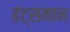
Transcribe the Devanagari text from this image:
हंट्समान